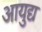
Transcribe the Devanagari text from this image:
आयुद्य